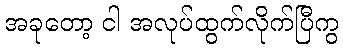
အခုတော့ ငါ အလုပ်ထွက်လိုက်ပြီကွ